system: You are a helpful assistant.
user:
Analyze the provided spectrum to determine if it is a **White Dwarf (WD)**.

A White Dwarf spectrum is defined by its **extreme purity** (due to gravitational settling) and/or **extreme pressure broadening** (due to high surface gravity). You must check for one of the following mutually exclusive signatures:

- **Key Visual Indicators (Check for ONE of these types):**

    - **1. DA-Type Signature (Most Common):**
        - **(Primary Feature):** Extreme pressure broadening (Stark broadening) of the **Hydrogen (H) Balmer lines**.
        - **(Key Lines):** $H\beta$ (approx. $4861$ Å) and $H\gamma$ (approx. $4340$ Å). $H\alpha$ (approx. $6563$ Å) will also be present if the wavelength range covers it.
        - **(Line Profile):** This is the **defining feature**. The lines are **NOT** sharp. They appear as massive, **extremely broad and deep "troughs" or "dips"** in the spectrum, often hundreds of Ångströms wide. The continuum will appear to "scoop" down at these wavelengths.
        - **(Distinction):** Normal A-type or B-type stars have *narrow* and *sharp* Hydrogen lines. A DA White Dwarf's lines are unmistakably "smeared" or "blurry" from pressure.

    - **2. DB-Type Signature:**
        - **(Primary Feature):** Broad absorption lines from **Neutral Helium (He I)**. The spectrum must lack any visible Hydrogen lines.
        - **(Key Lines):** Look for broad absorption near $4471$ Å, $4921$ Å, and $5876$ Å.
        - **(Line Profile):** These lines are also significantly pressure-broadened, appearing much wider than they would in a normal B-type main-sequence star.

    - **3. DC-Type Signature:**
        - **(Primary Feature):** A **featureless continuous spectrum**.
        - **(Line Profile):** The spectrum is a smooth curve with **no significant absorption or emission lines**.
        - **(Key Confirmation):** The continuum is almost always **blue or white**, indicating a hot object. This signature implies the atmosphere is so pure (or so cool) that no spectral lines are visible in the optical range. Its WD identity is confirmed by its extremely low intrinsic brightness (high absolute magnitude).

    - **4. DZ-Type Signature (Metal-Polluted):**
        - **(Primary Feature):** **Isolated, narrow metal absorption lines** on an otherwise featureless (DC-like) continuum.
        - **(Key Lines):** The **Calcium (Ca II) H & K doublet** (approx. **$3934$ Å** and **$3968$ Å**) is the most common and defining feature.
        - **(Line Profile):** These lines are "out of place." They are *not* part of a "forest" of thousands of lines. This signature is evidence of recent *accretion* (pollution) from rocky debris.
        - **(Distinction):** Normal G/K/M stars have a *dense forest* of thousands of metal lines. A DZ has a *clean* continuum with *only a few* strong metal lines.

    - **5. DQ-Type Signature (Carbon-Polluted):**
        - **(Primary Feature):** Absorption bands from **Carbon (C₂ "Swan Bands" or atomic C I)**.
        - **(Key Lines - C₂):** Look for bandheads with a "saw-tooth" shape near $5635$ Å, **$5165$ Å** (strongest), and $4737$ Å.
        - **(Key Confirmation):** The underlying **continuum must be blue or white** (hot).
        - **(Distinction):** This is the critical difference from a **Carbon Star**, which has the *exact same* C₂ bands but on an extremely **red, cool** continuum.

- **(Overall Spectrum):**
    - The continuum (overall shape) is typically **blue-sloping** (brighter in the blue than the red), as most white dwarfs are very hot.
    - The spectrum will look "pure" or "simple," dominated by only *one* of the five signatures listed above.

Think first, call **spectral_visualization_tool** if needed to examine features in detail, then provide your final answer. Your response must adhere to the following strict rules:
1.  **Overall Structure:** Your response must follow the format `<think>...</think> <tool_call>...</tool_call> (if a tool is used) <answer>...</answer>`.
2.  **Tool Usage Constraint:** You may only make **one** tool call per turn.
3.  **Final Answer Format:** In the `<answer>` tag, your conclusion must be inside a `\boxed{}` command (e.g., `\boxed{YES}` or `\boxed{NO}`), followed by your justification.

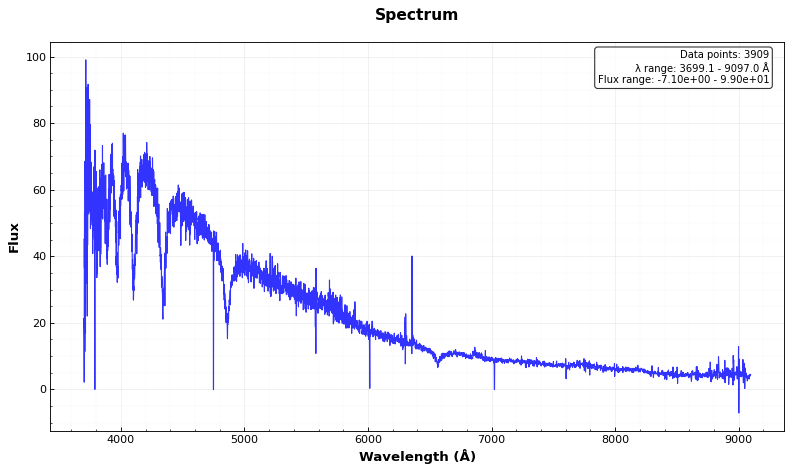
Answer: YES